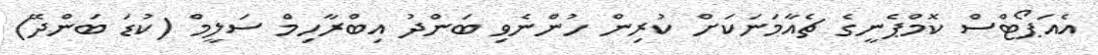
އެއަޕޯޓްސް ކޮމްޕެނީގެ ޗެއާމަނަކަށް ކުރިން ހުންނެވި ބަންދު އިބްރާހިމް ސަލީމް (ކުޑަ ބަންދޭ)